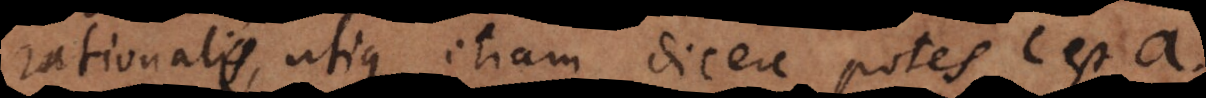
rationale, utique etiam dicere potes c est a,